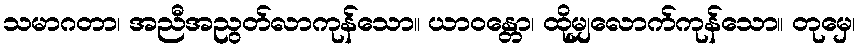
သမာဂတာ၊ အညီအညွတ်လာကုန်သော။ ယာဝန္တော၊ ထိုမျှလောက်ကုန်သော။ တုမှေ၊